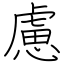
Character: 慮